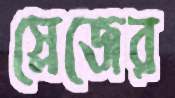
স্লেজের